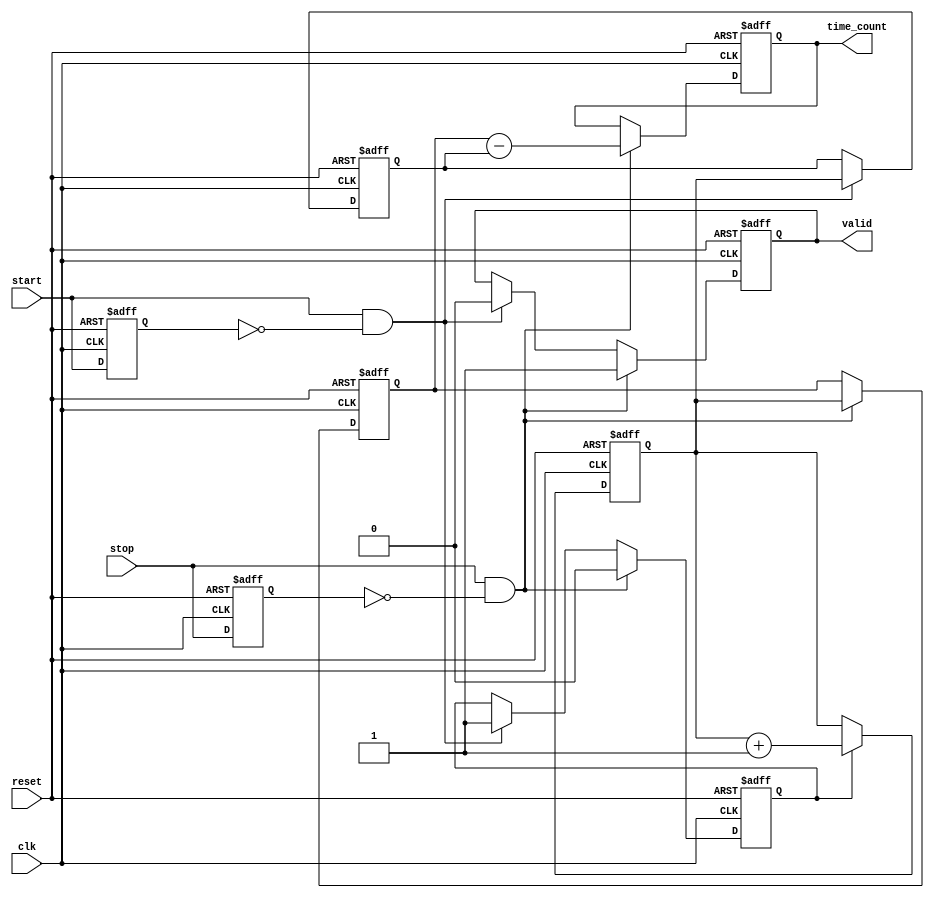
module TDC (
    input wire clk,          // Clock signal
    input wire start,        // Start signal
    input wire stop,         // Stop signal
    input wire reset,        // Reset signal
    output reg [31:0] time_count, // Time count output
    output reg valid         // Valid signal output
);

    reg [31:0] start_time;   // Register to hold start timestamp
    reg [31:0] stop_time;    // Register to hold stop timestamp
    reg counting;            // Flag to indicate counting state
    reg [31:0] counter;      // Counter for time measurement

    // Edge detection for start and stop signals
    reg start_prev, stop_prev;

    always @(posedge clk or posedge reset) begin
        if (reset) begin
            // Reset all registers and state
            counter <= 32'b0;
            start_time <= 32'b0;
            stop_time <= 32'b0;
            time_count <= 32'b0;
            valid <= 1'b0;
            counting <= 1'b0;
            start_prev <= 1'b0;
            stop_prev <= 1'b0;
        end else begin
            // Update previous state for edge detection
            start_prev <= start;
            stop_prev <= stop;

            // Increment counter if counting is enabled
            if (counting) begin
                counter <= counter + 1;
            end

            // Detect rising edge of start signal
            if (start && !start_prev) begin
                start_time <= counter; // Latch the current counter value
                counting <= 1'b1;      // Enable counting
                valid <= 1'b0;         // Reset valid signal
            end

            // Detect rising edge of stop signal
            if (stop && !stop_prev) begin
                stop_time <= counter;  // Latch the current counter value
                counting <= 1'b0;      // Disable counting
                time_count <= stop_time - start_time; // Calculate time interval
                valid <= 1'b1;         // Assert valid signal
            end
        end
    end

endmodule